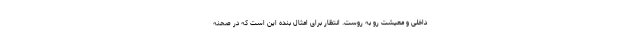
داخلی و معیشت رو به روست. انتظار برای امثال بنده این است که در صحنه